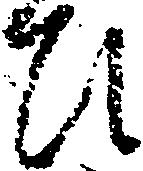
ひ